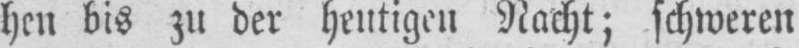
hen bis zu der heutigen Nacht; schweren